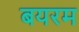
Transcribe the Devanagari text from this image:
बयरम